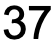
37